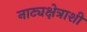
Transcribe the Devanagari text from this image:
नाट्यक्षेत्राशी